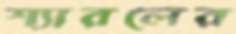
শ্যারলের